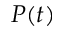
P ( t )